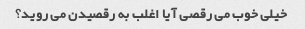
خیلی خوب می رقصی آیا اغلب به رقصیدن می روید؟